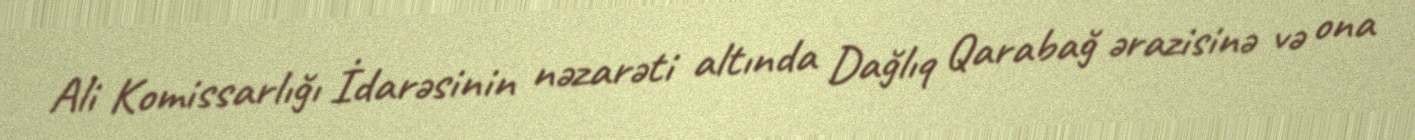
Ali Komissarlığı İdarəsinin nəzarəti altında Dağlıq Qarabağ ərazisinə və ona